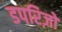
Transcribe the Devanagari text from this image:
डपरिज़ो